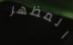
المظهر